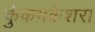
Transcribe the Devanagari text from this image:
कुंकमकेशरा